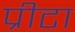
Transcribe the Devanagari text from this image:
प्रीटा